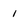
Character: 1